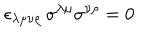
\epsilon _ { \lambda \mu \nu \rho } \, \sigma ^ { \lambda \mu } \sigma ^ { \nu \rho } = 0